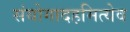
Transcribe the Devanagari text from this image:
संयोगादहमित्येव